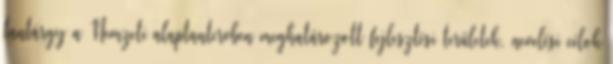
tantárgy a Nemzeti alaptantervben meghatározott fejlesztési területek, nevelési célok